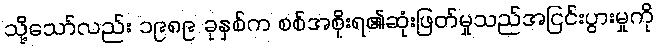
သို့သော်လည်း ၁၉၈၉ ခုနှစ်က စစ်အစိုးရ၏ဆုံးဖြတ်မှုသည်အငြင်းပွားမှုကို